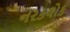
નરકલોક